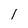
Character: l